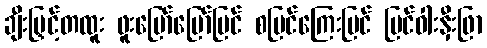
ချီးမြှင့်တထူး ဖူးမြော်မြော်မြင် စမြင်ကြေးမြင် မြင်ဝါးနှီးဖြာ